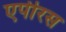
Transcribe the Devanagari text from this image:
एपीरस